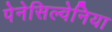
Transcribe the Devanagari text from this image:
पेनेसिल्वेनिया